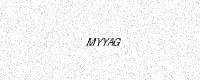
Text: MYYAG